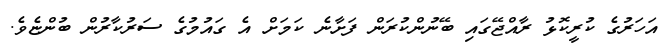
އަހަރުގެ ކުރީކޮޅު ރާއްޖޭގައި ބޭނުންކުރަން ފަށާނެ ކަމަށް އެ ގައުމުގެ ސަރުކާރުން ބުންޏެވެ.